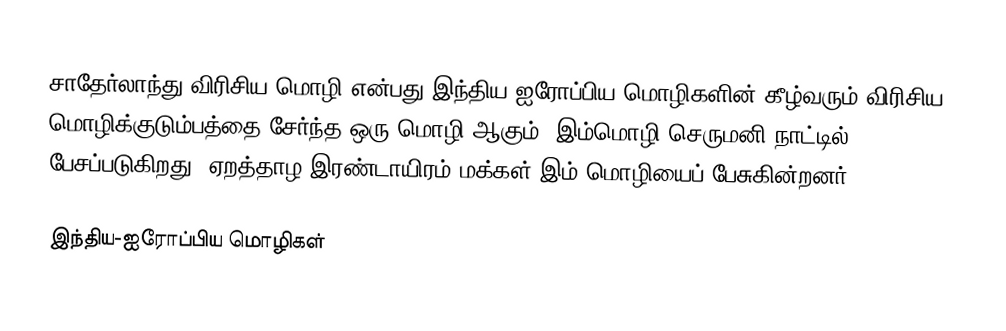
சாதேர்லாந்து விரிசிய மொழி என்பது இந்திய-ஐரோப்பிய மொழிகளின் கீழ்வரும் விரிசிய மொழிக்குடும்பத்தை சேர்ந்த ஒரு மொழி ஆகும். இம்மொழி செருமனி நாட்டில் பேசப்படுகிறது. ஏறத்தாழ இரண்டாயிரம் மக்கள் இம் மொழியைப் பேசுகின்றனர்.

இந்திய-ஐரோப்பிய மொழிகள்